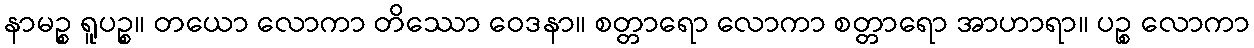
နာမဉ္စ ရူပဉ္စ။ တယော လောကာ တိဿော ဝေဒနာ။ စတ္တာရော လောကာ စတ္တာရော အာဟာရာ။ ပဉ္စ လောကာ